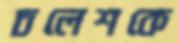
চলেশকে